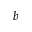
\boldsymbol { b }